Leaving Certificate Examination (including Day School Certificate (Higher) General paper), 1933
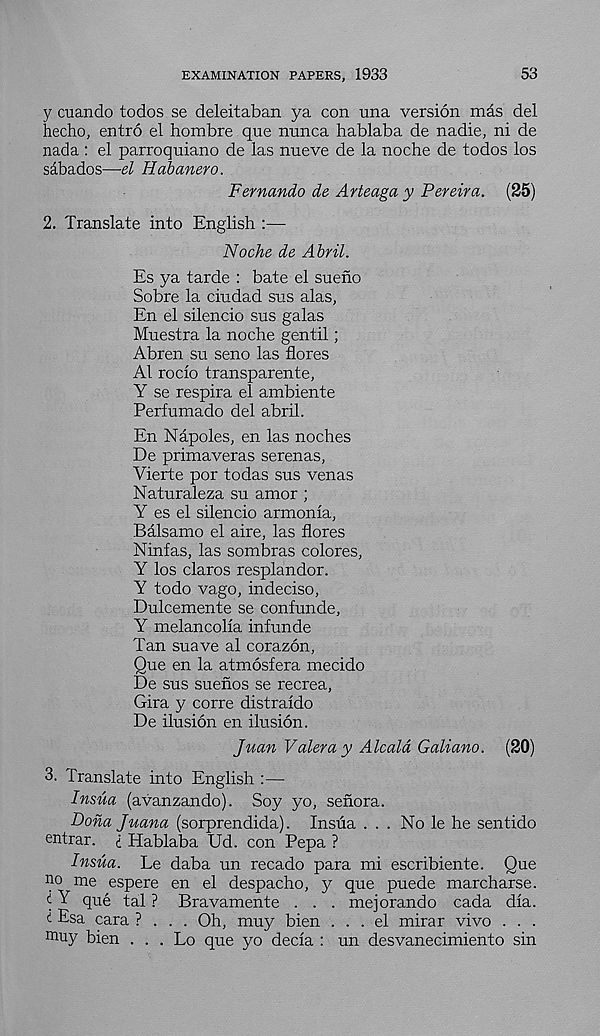
EXAMINATION PAPERS, 1933
53
y cuando todos se deleitaban ya con una version mas del
hecho, entro el hombre que nunca hablaba de nadie, ni de
nada : el parroquiano de las nueve de la noche de todos los
sabados—el Habanero.
Fernando de Arteaga y Pereira. (35)
2. Translate into English :—
Noche de Abril.
Es ya tarde : bate el sueno
Sobre la cindad sus alas,
En el silencio sus galas
Muestra la noche gentil;
Abren su seno las flores
A1 rocio transparente,
Y se respira el ambiente
Perfumado del abril.
En Napoles, en las noches
De primaveras serenas,
Vierte por todas sus venas
Naturaleza su amor ;
Y es el silencio armonia,
Balsamo el aire, las flores
Ninfas, las sombras colores,
Y los claros resplandor.
Y todo vago, indeciso,
Dulcemente se confunde,
Y melancoha infunde
Tan suave al corazon,
Que en la atmosfera mecido
De sus suenos se recrea,
Gira y corre distraido
De ilusion en ilusion.
Juan Valeray Alcala Galiano. (20)
3. Translate into English :—
Insua (avanzando). Soy yo, senora.
Doha Juana (sorprendida). Insua ... No le he sentido
entrar. I Hablaba Ud. con Pepa ?
Insua. Le daba un recado para mi escribiente. Que
no me espere en el despacho, y que puede marcharse.
i Y que tal ? Bravamente . . . mejorando cada dia.
i Esa cara ? . . . Oh, muy bien ... el mirar vivo . . .
muy bien . . . Lo que yo decia : un desvanecimiento sin